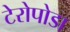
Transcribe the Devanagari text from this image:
टेरोपोडा